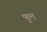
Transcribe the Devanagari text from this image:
णुल